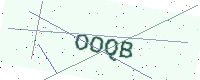
Text: OOQB